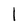
Character: l